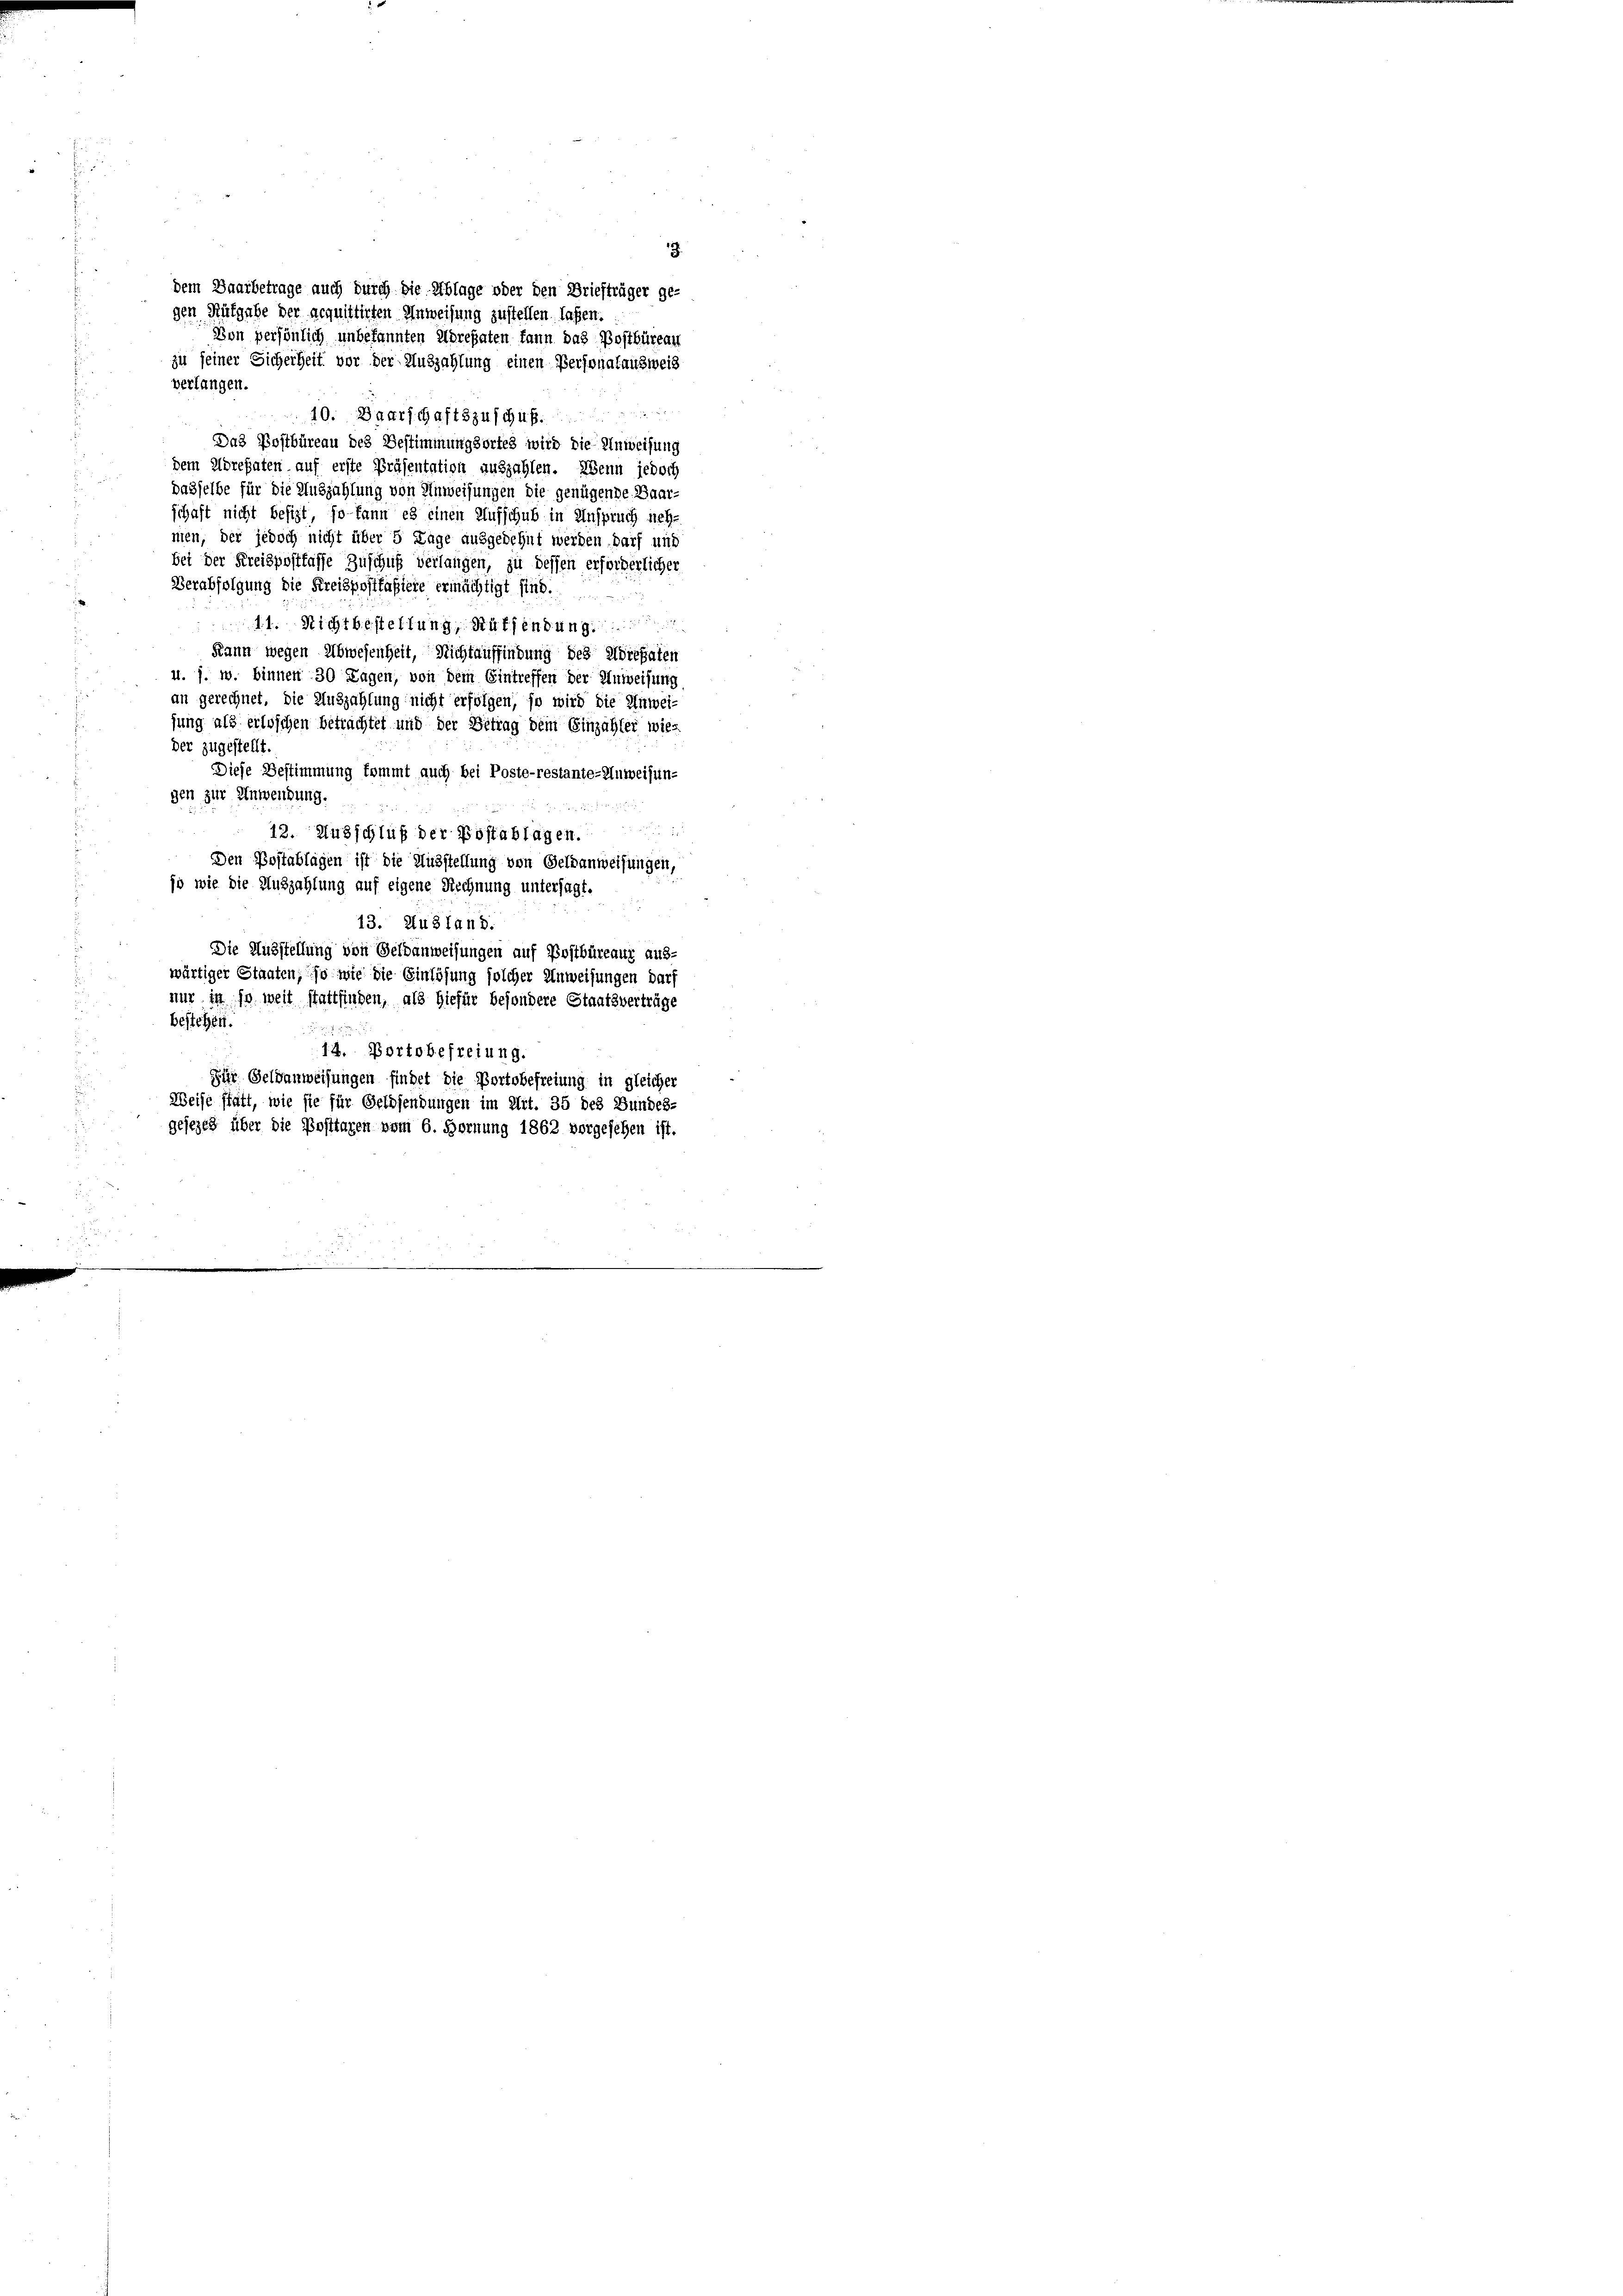
.
dem Baarbetrage auch durch die Ablage oder den Briefträger ge-
gen Rütgabe der acquittirten Anweisung zustellen lassen.
Von persönlich unbekannten Abrepaten kann das Postbüreau
zu seiner Sicherheit vor der Auszahlung einen Personalausweis

verlangen
40. Baarschaftszuschuß
Das Postbüreau des Bestimmungsortes wird die Anweisung
dem Adresaten auf erste Präsentation auszahlen. Wenn jedoch
dasselbe für die Auszahlung von Anweisungen die genügende Baar-
schaft nicht besizt, so kann es einen Aufschub in Anspruch nehmen, der jedoch nicht über 5 Lage ausgedehnt werden darf und
bei der Kreispostkasse Zuschuß verlangen, zu dessen erforderlicher
Verabfolgung die Kreispostfäßiere ermächtigt sind.
i
11. Nichtbestellung, Riffendung
Kann wegen Abwesenheit, Nichtauffindung des Adressaten
u. s. w. binnen 30 Tagen, von dem Eintreffen der Anweisung
an gerechnet, die Auszahlung nicht erfolgen, so wird die Anwei-
fung als erloschen betrachtet und der Betrag dem Einzahler wie-
der zugestellt
Diese Bestimmung kommt auch bei Poste-restante-Huweisun-
gen zur Anwendung.
12. Ausschluß der Postablagen.
Den Postablagen ist die Ausstellung von Geldanweisungen,
jo wie die Auszahlung auf eigene Rechnung untersagt.
5
13. Ausland:
Die Ausstellung von Geldanweisungen auf Postbüreaux aus-
wärtiger Staaten, so wie die Einlösung solcher Anweisungen darf
nur in so weit stattfinden, als hiefür besondere Staatsverträge
bestehen.

14. Portobefreiung.
Sir Geldanweisungen findet die Portobefreiung in gleicher
Weise statt, wie sie für Geldsendungen im Art. 35 des Bundes-
gesezes über die Posttagen vom 6. Hornung 1862 vorgesehen ist.